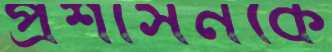
প্রশাসনকে